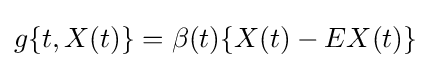
g\{t,X(t)\}=\beta (t)\{X(t)-EX(t)\}